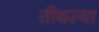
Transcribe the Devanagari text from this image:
तीथल्या